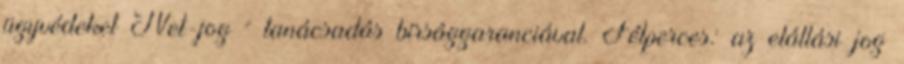
ügyvédeket Net-jog = tanácsadás bírsággaranciával. Félperces: az elállási jog